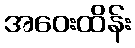
အဝေးထိန်း